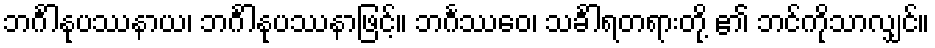
ဘင်္ဂါနုပဿနာယ၊ ဘင်္ဂါနုပဿနာဖြင့်။ ဘင်္ဂဿေဝ၊ သင်္ခါရတရားတို့ ၏ ဘင်ကိုသာလျှင်။